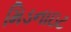
મિડનાઇટ